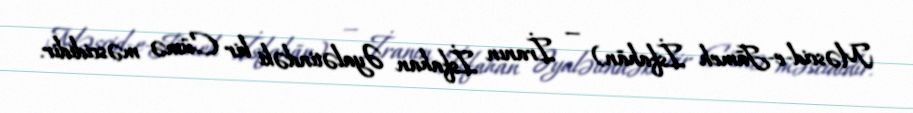
Məscid-e-Jāmeh İsfahān) — İranın İsfahan Əyalətindəki bir Cümə məscididir.